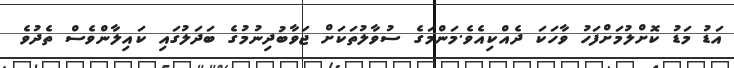
އަޑު މަޑު ކޮށްލުމަށްފަހު ވާހަކަ ދެއްކިއެވެ.މަންމަގެ ސުވާލުތަކަށް ޖަވާބުދިނުމުގެ ބަދަލުގައި ކައިލާންވެސް ތެދުވެ